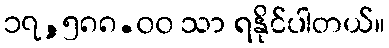
၁၇,၅၈၈.၀၀ သာ ရနိုင်ပါတယ်။